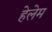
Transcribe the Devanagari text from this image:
हेलेम